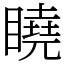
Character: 䁱